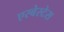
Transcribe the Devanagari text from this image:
एस्बेस्टेस